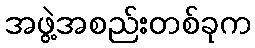
အဖွဲ့အစည်းတစ်ခုက